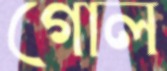
গোল